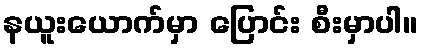
နယူးယောက်မှာ ပြောင်း စီးမှာပါ။